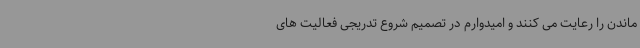
ماندن را رعایت می کنند و امیدوارم در تصمیم شروع تدریجی فعالیت های